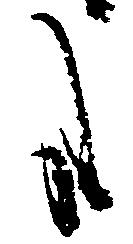
哉